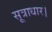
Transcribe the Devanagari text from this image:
सूत्राधार।